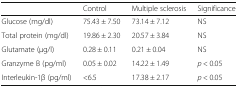
|  | Control | Multiple sclerosis | Significance |
 | --- | --- | --- | --- |
 | Glucose (mg/dl) | 75.43 ± 7.50 | 73.14 ± 7.12 | NS |
 | Total protein (mg/dl) | 19.86 ± 2.30 | 20.57 ± 3.84 | NS |
 | Glutamate (μg/l) | 0.28 ± 0.11 | 0.21 ± 0.04 | NS |
 | Granzyme B (pg/ml) | 0.05 ± 0.02 | 14.22 ± 1.49 | p < 0.05 |
 | Interleukin-1β (pg/ml) | <6.5 | 17.38 ± 2.17 | p < 0.05 |